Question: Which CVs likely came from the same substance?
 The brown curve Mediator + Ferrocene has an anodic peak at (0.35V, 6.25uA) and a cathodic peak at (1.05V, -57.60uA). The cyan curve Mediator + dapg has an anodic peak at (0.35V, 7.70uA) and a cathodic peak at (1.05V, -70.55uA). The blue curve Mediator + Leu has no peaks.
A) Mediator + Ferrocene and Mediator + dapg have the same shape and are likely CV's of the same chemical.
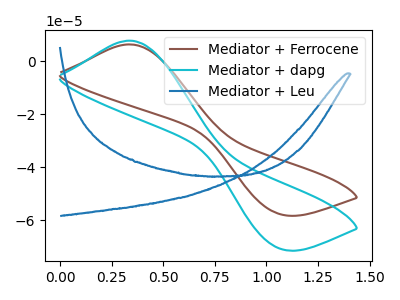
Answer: <think>All the peaks in "Mediator + Ferrocene" have a peak in "Mediator + dapg" at the same potential. Every peak in "Mediator + Ferrocene" is lower than every peak in "Mediator + dapg". "Mediator + Ferrocene" and "Mediator + Leu" have a different number of peaks. "Mediator + dapg" and "Mediator + Leu" have a different number of peaks.
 </think>
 <answer>A) "Mediator + Ferrocene" and "Mediator + dapg" have the same shape and are likely CV's of the same chemical.</answer>
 <eval>A</eval>